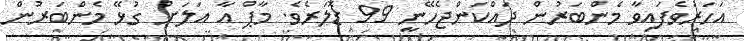
އަހަރުވެފައިވާ މެންބަރުން ދައްކަންޖެހޭނީ 99 ޑޮލަރެވެ. މާޕް އާ އަލަށް ގުޅޭ މެންބަރުން